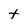
Character: t